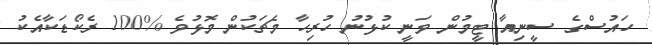
ހައުސްގެ ސީނިއާ ޓީމުން ވަނީ ކުޅުނު ހުރިހާ މެޗަކުން މޮޅުވެ %100 ރެކޯޑަކާއެކު